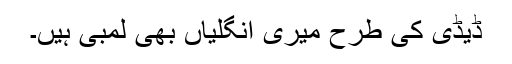
ڈیڈی کی طرح میری انگلیاں بھی لمبی ہیں۔